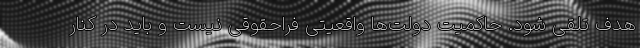
هدف تلقی شود. حاکمیت دولت‌ها واقعیتی فراحقوقی نیست و باید در کنار